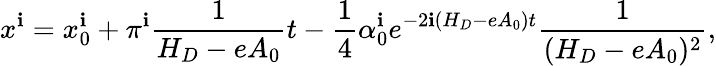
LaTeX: x^{\mathbf{i}}=x_{0}^{\mathbf{i}}+\pi^{\mathbf{i}}\frac{1}{{H_{D}-eA_{0}}}t-\frac{1}{4}\alpha_{0}^{\mathbf{i}}e^{-2\mathbf{i}(H_{D}-eA_{0})t}\frac{1}{{(H_{D}-eA_{0})^{2}}},